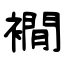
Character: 襉